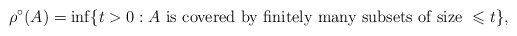
\begin{align*}\rho^{\circ}(A) = \inf\{ t > 0: A \mbox{ is covered by finitely many subsets of size } \leqslant t \}, \end{align*}